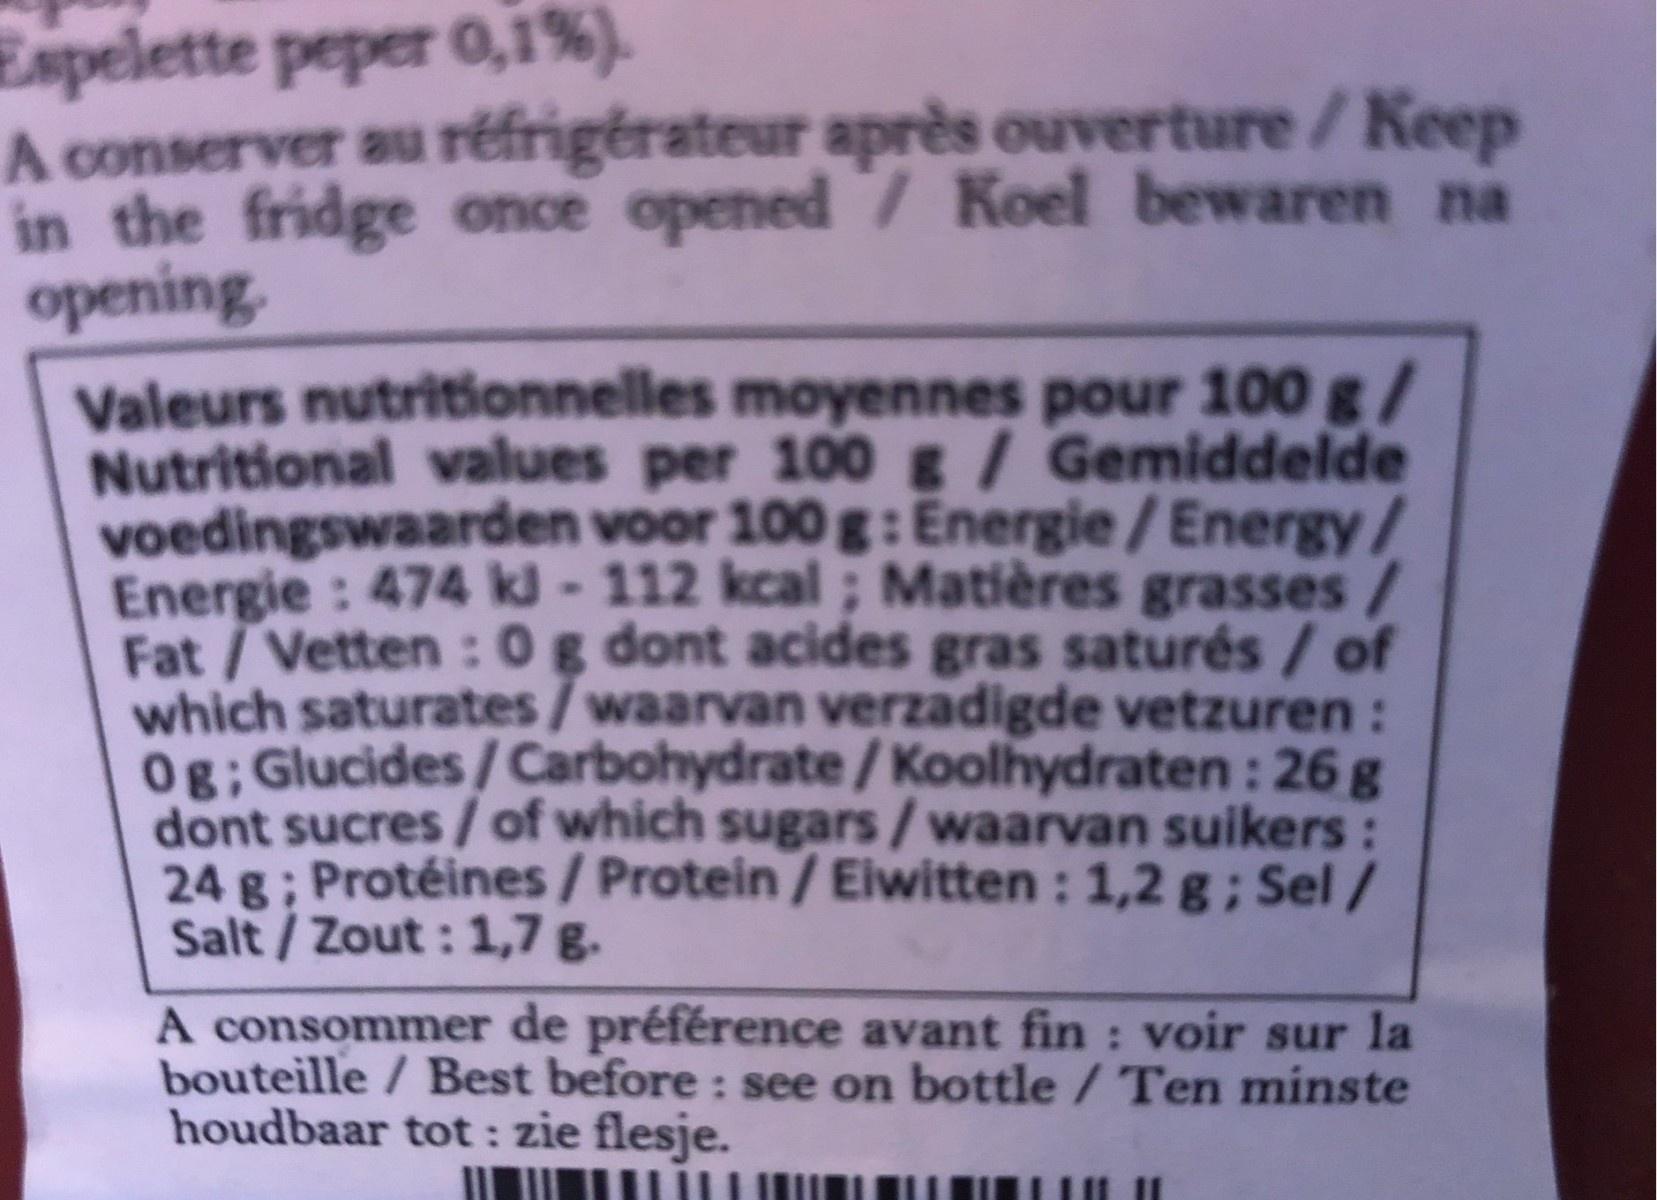
Espelette peper 0,1%). A conserver au réfrigérateur après ouverture/Keep in the fridge once opened 7 Koel bewaren na opening. Valeurs nutritionnelles moyennes pour 100 g/ Nutritional values per 100 g/Gemiddelde voedingswaarden voor 100 g: Energie/Energy / Energie: 474 kl -112 kcal ; Matières grasses/ Fat/Vetten : 0g dont acides gras saturés / of which saturates/waarvan verzadigde vetzuren: 0g; Glucides/Carbohydrate / Koolhydraten : 26 g dont sucres / of which sugars/ waarvan suikers: 24 g; Protéines/Protein/Eiwitten : 1,2 g; Sel/ Salt/Zout : 1,7 g. A consommer de préférence avant fin : voir sur la bouteille / Best before : see on bottle /Ten minste houdbaar tot : zie flesje. %3D